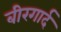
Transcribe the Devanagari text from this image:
बीरगार्द